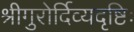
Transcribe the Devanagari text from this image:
श्रीगुरोर्दिव्यदृष्टिः